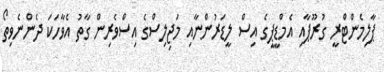
ޕާލިމެންޓްރީ ގުރޫޕާއި އެމްޑީޕީގެ އިސް ލީޑަރުންނާއި މަޖިލިސްގެ އިސްވެރިން ގާތު އެވާހަކަ ދެންނެވިތޯ